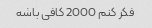
فکر کنم 2000 کافی باشه